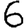
Digit: 6